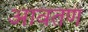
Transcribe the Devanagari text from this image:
आवतण